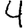
Digit: 4